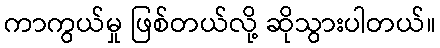
ကာကွယ်မှု ဖြစ်တယ်လို့ ဆိုသွားပါတယ်။